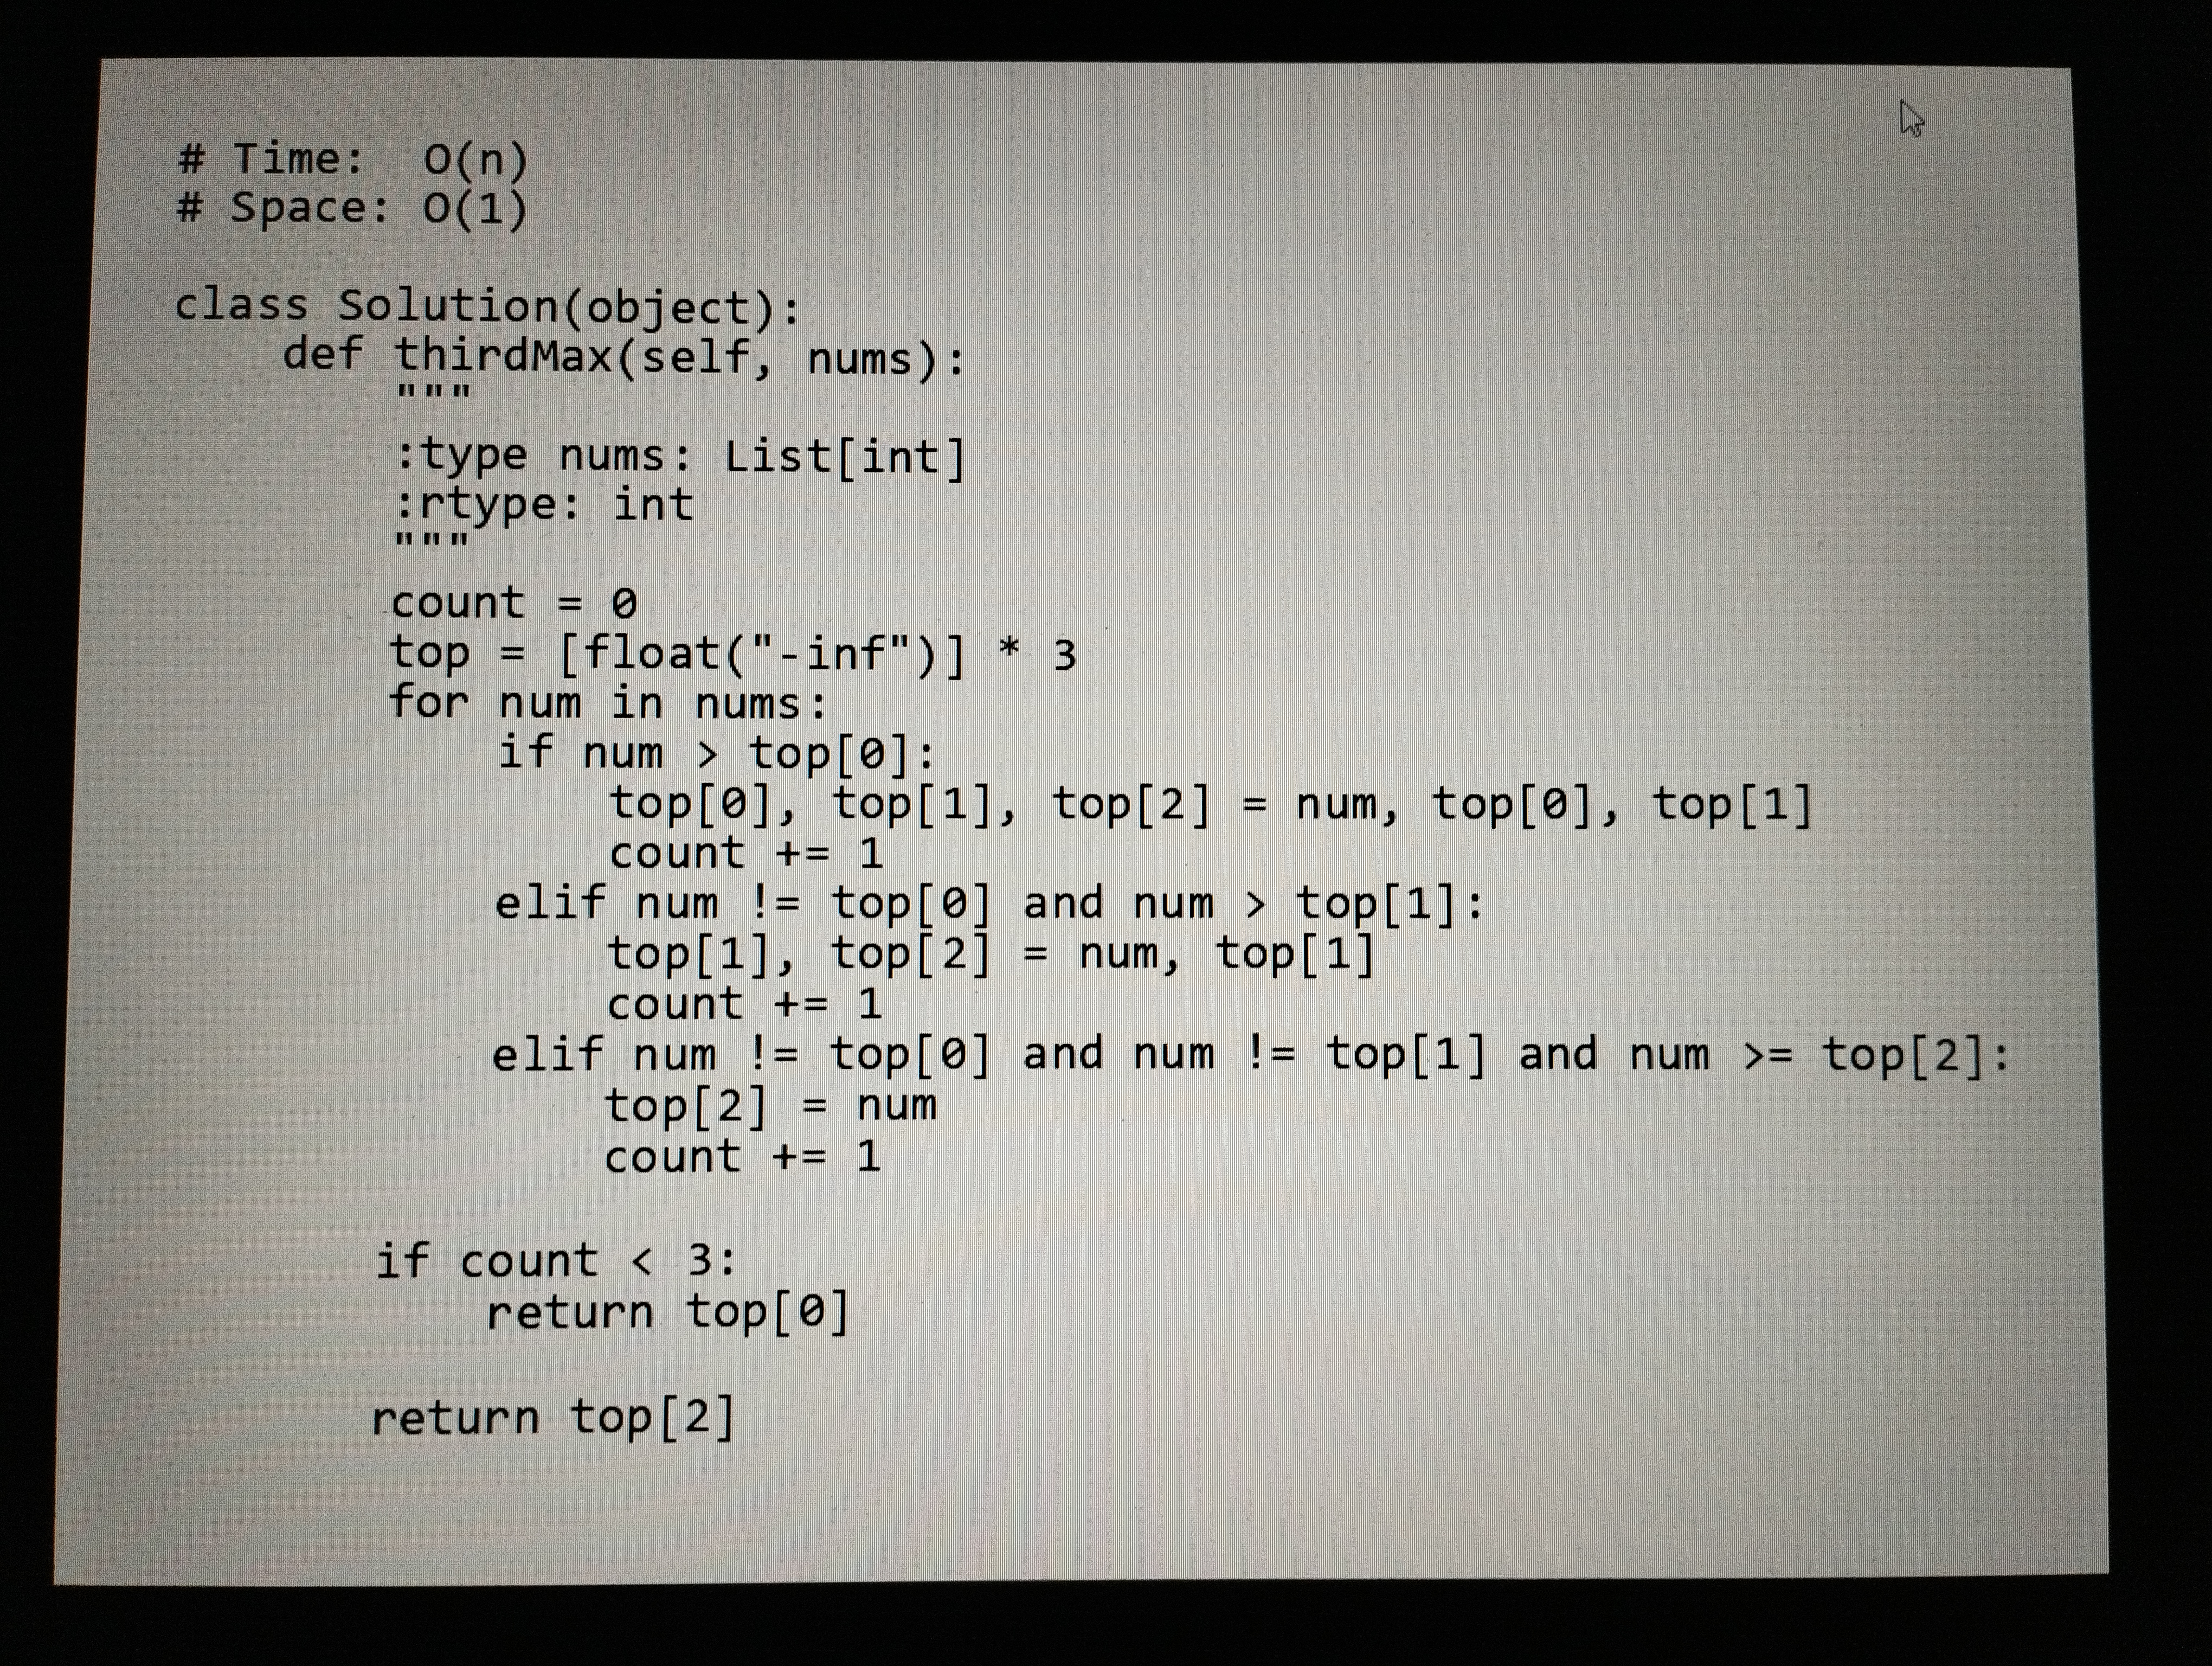
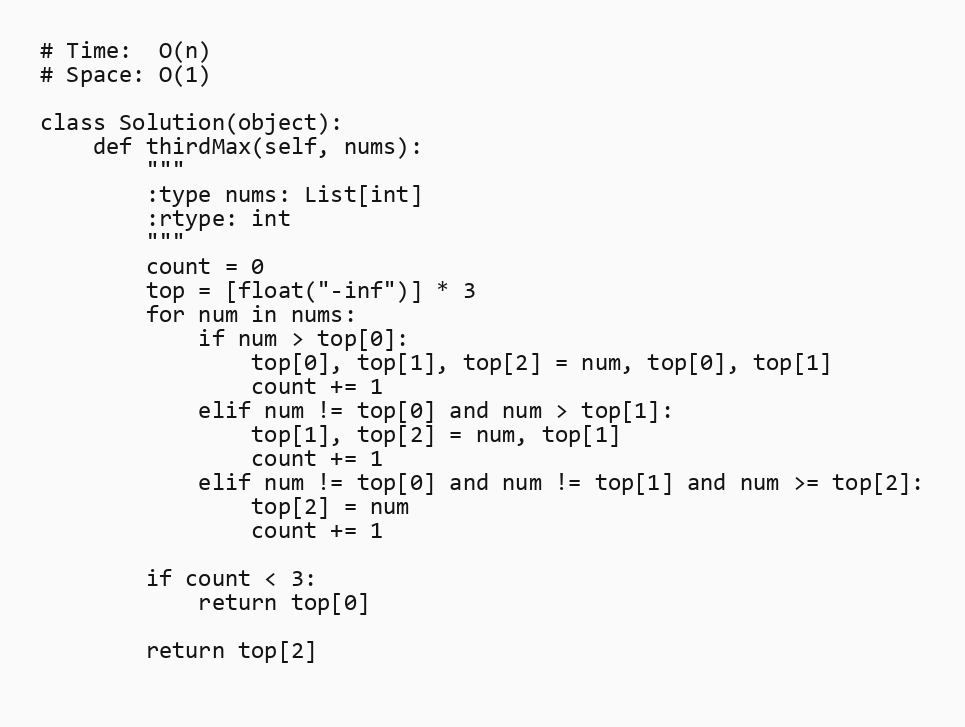
# Time:  O(n)
# Space: O(1)

class Solution(object):
    def thirdMax(self, nums):
        """
        :type nums: List[int]
        :rtype: int
        """
        count = 0
        top = [float("-inf")] * 3
        for num in nums:
            if num > top[0]:
                top[0], top[1], top[2] = num, top[0], top[1]
                count += 1
            elif num != top[0] and num > top[1]:
                top[1], top[2] = num, top[1]
                count += 1
            elif num != top[0] and num != top[1] and num >= top[2]:
                top[2] = num
                count += 1

        if count < 3:
            return top[0]

        return top[2]